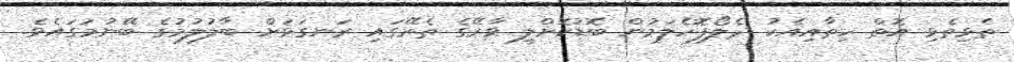
ތެޅިތެޅި އޮތް ހިތާއިއެކު ދެލޯފޮހެލަމުން ބޮޑުކޮށްލީ ވާރޭގެ ތެރޭގައި ރަނގަޅަށް ބާލުލުމުގެ ބޭނުމުގައެވެ.